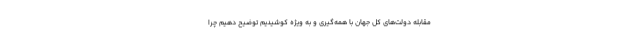
مقابله دولت‌های کل جهان با همه‌گیری و به ویژه کوشیدیم توضیح دهیم چرا